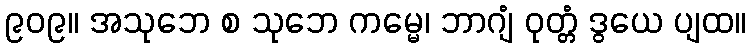
၉၀၉။ အသုဘေ စ သုဘေ ကမ္မေ၊ ဘာဂျံ ဝုတ္တံ ဒွယေ ပျထ။